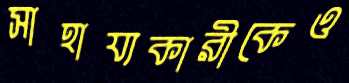
সাহায্যকারীকেও